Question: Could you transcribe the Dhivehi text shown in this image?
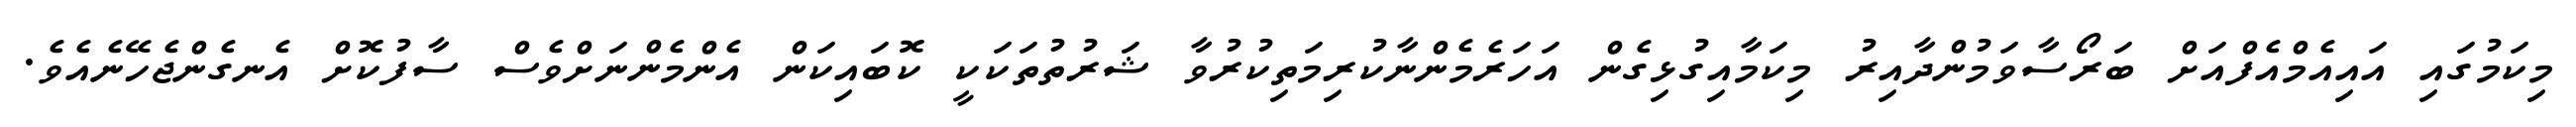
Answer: މިކަމުގައި އައިއެމްއެފްއަށް ބަރޯސާވަމުންދާއިރު މިކަމާއިގުޅިގެން އަހަރެމެންނާކުރިމަތިކުރުވާ ޝަރުތުތަކަކީ ކޮބައިކަން އެންމެންނަށްވެސް ސާފުކޮށް އެނގެންޖެހޭނެއެވެ.